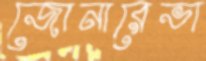
জোনারেভা